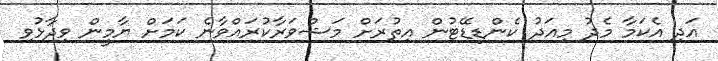
އަދި އެކަމާ މެދު މިއަދު ކެންޑިޑޭޓުން އިތުރަށް މަޝްވަރާކުރައްވާނެ ކަމަށް ޔާމީން ވިދާޅުވި